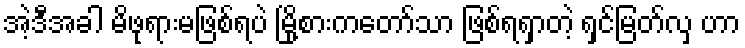
အဲ့ဒီအခါ မိဖုရားမဖြစ်ရပဲ မြို့စားကတော်သာ ဖြစ်ရရှာတဲ့ ရှင်မြတ်လှ ဟာ